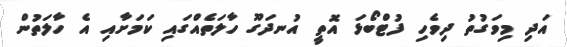
އަދި މިވަގުތު ދިވެހި ފުޓްބޯޅަ އޮތީ އުނދަގޫ ހާލަތެއްގައި ކަމަށާއި އެ ހާލަތުން